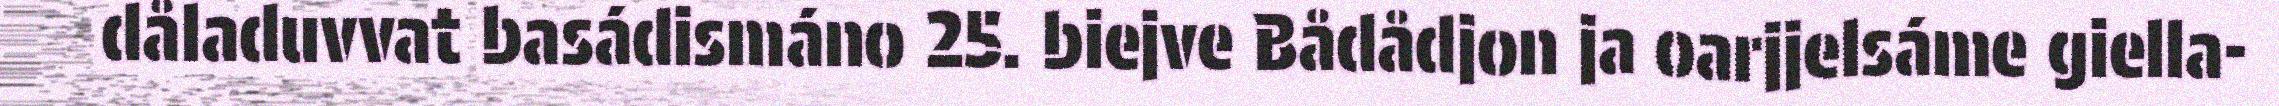
dåladuvvat basádismáno 25. biejve Bådådjon ja oarjjelsáme giella-